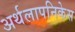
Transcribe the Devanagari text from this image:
अर्थलापनिकेस